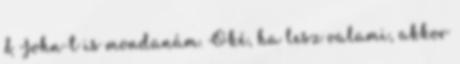
& John-t is mondanám. Oké, ha lesz valami, akkor